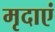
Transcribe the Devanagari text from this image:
मृदाएं